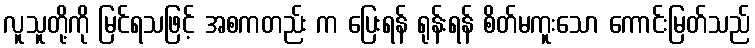
လူသူတို့ကို မြင်ရသဖြင့် အစကတည်း က ပြေးရန် ရုန်းရန် စိတ်မကူးသော ကောင်းမြတ်သည်